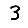
Digit: 3